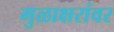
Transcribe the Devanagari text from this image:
मुळाक्षरांवर